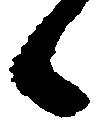
候